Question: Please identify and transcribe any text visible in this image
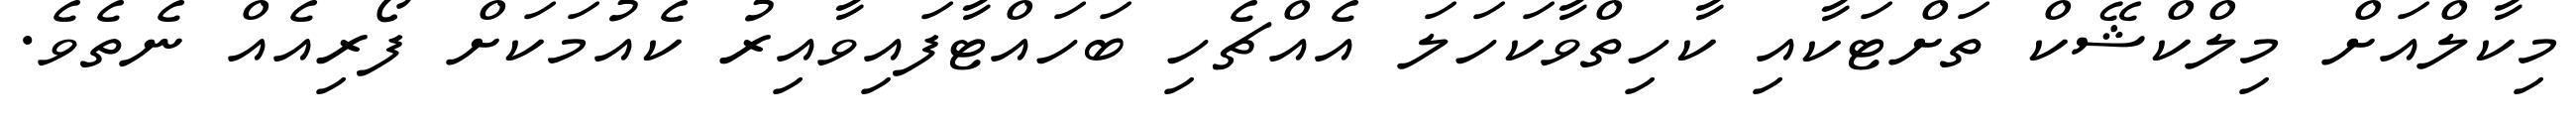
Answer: މިކާލްއަށް މިލްކްޝޭކް ތަށްޓަކާއި ކާހިތްވާކަހަލަ އެއްޗެހި ބަހައްޓާފައިވާއިރު ކެއުމަކަށް ފޯރިއެއް ނެތެވެ.